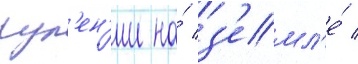
рул'ен'ии на́ з'емл'е́ /